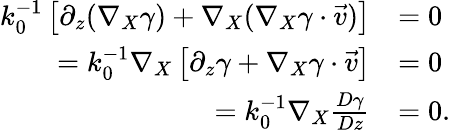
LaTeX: \begin{array}{rl}{k_{0}^{-1}\left[\partial_{z}(\nabla_{X}\gamma)+\nabla_{X}(\nabla_{X}\gamma\cdot\vec{v})\right]}&{=0}\\ {=k_{0}^{-1}\nabla_{X}\left[\partial_{z}\gamma+\nabla_{X}\gamma\cdot\vec{v}\right]}&{=0}\\ {=k_{0}^{-1}\nabla_{X}\frac{D\gamma}{Dz}}&{=0.}\end{array}